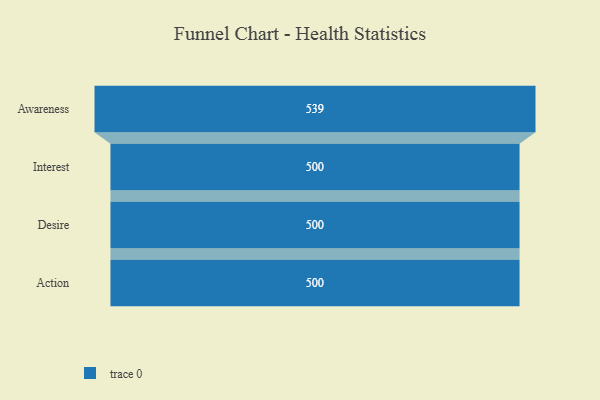
{"axis": {"x": "Stage", "y": "Value"}, "legend": [""], "data": [{"x": "Awareness", "y": 539.0, "type": ""}, {"x": "Interest", "y": 500, "type": ""}, {"x": "Desire", "y": 500, "type": ""}, {"x": "Action", "y": 500, "type": ""}]}